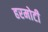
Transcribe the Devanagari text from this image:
हरमोटी